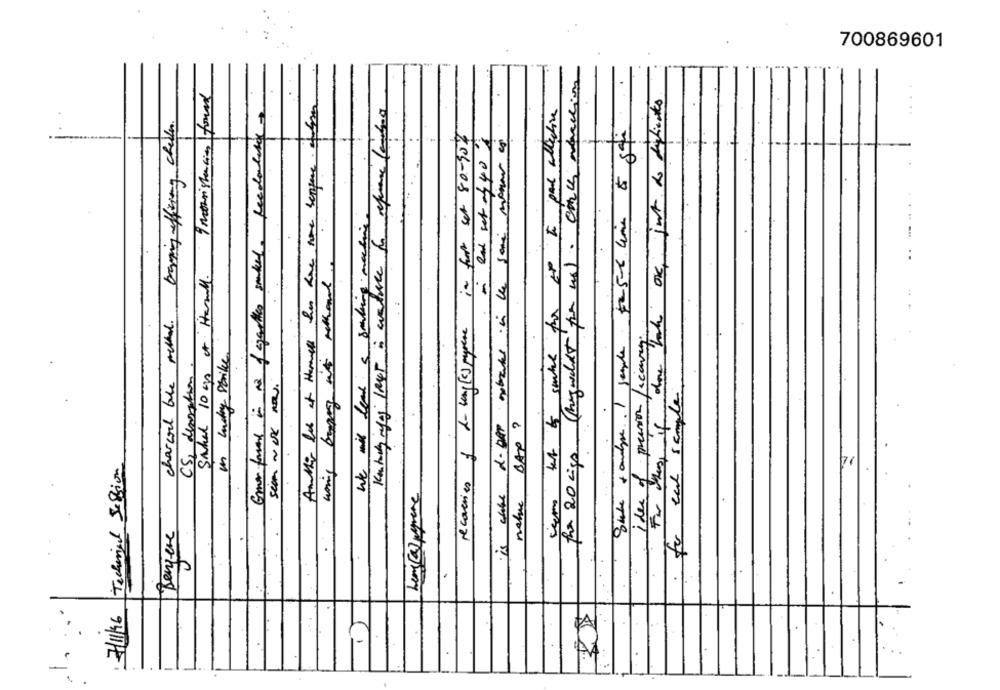
700869601
fra 20 cigs (beguidet for us). circle ofaction
Sahal 10 mg or Hanall. 9 motheristencias found
For these if dow hak one, just do dificiles
Amthis but at themmels has hove nome sangue offre
smake for the I pad alictive
Gmen faved in m2 of garten smacked feedlalite
charcoal ble method. banning efficing checken
- Rad set of 40'%
recorries of -singles ppare in fort set 80-90%
-
We wil lead & sorting machine
woning begin is method
. .
Idee of pression scenery
in unday strike.
for each sample
CS, denration.
Sim NOK NOW.
SAP ?
Technical Session
name
cam
Bengere
7/11/96
-